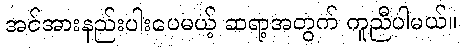
အင်အားနည်းပါးပေမယ့် ဆရာ့အတွက် ကူညီပါမယ်။